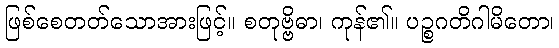
ဖြစ်စေတတ်သောအားဖြင့်။ စတုဗ္ဗိဓာ၊ ကုန်၏။ ပဉ္စဂတိဂါမိတော၊